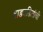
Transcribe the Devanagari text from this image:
वाडवडिलांची